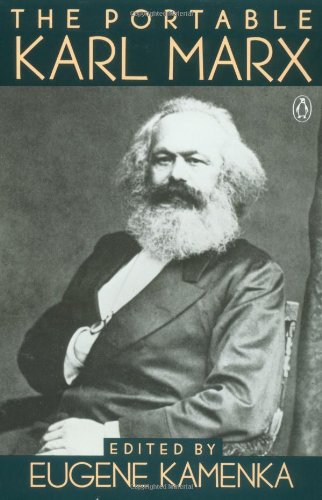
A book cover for The Portable Karl Marx (Portable Library); Karl Marx; Biographies & Memoirs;